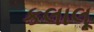
કલાલૂ